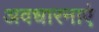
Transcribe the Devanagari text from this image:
अवधारनाएं